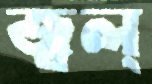
জ্বল্‌